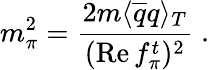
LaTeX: m_{\pi}^{2}=\frac{2m\langle\overline{{{q}}}q\rangle_{T}}{(\mathrm{Re}\, f_{\pi}^{t})^{2}}\; .